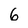
Character: 6